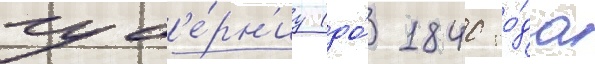
губ'е́рн'иу (до́ 1840 го́да